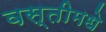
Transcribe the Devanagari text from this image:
वस्तीमधे